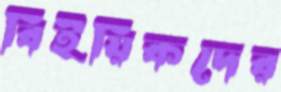
বিইয়িকদের